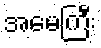
အမေကြီး